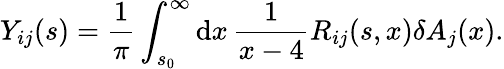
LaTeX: Y_{ij}(s)={\frac{1}{\pi}}\int_{s_{0}}^{\infty}\mathrm{d}x\, {\frac{1}{x-4}}R_{ij}(s,x)\delta A_{j}(x).